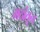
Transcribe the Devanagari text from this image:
मठांतून